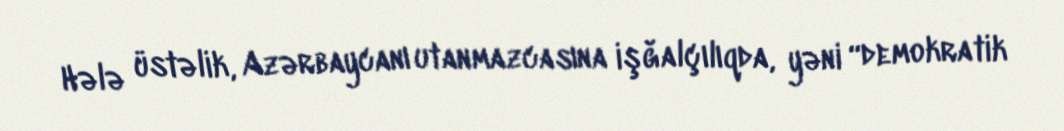
Hələ üstəlik, Azərbaycanı utanmazcasına işğalçılıqda, yəni “demokratik